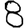
Digit: 8